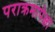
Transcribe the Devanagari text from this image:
पराक्रमापेक्षा